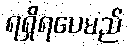
ရရှိရပေမည်